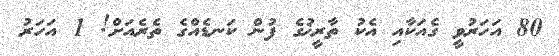
80 އަހަރުވީ ގެއަކާއި އެކު ތާރީޚުގެ ފުން ކަނޑެއްގެ ތެރެއަށް! 1 އަހަރު